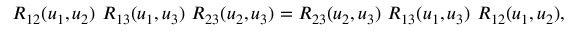
R _ { 1 2 } ( u _ { 1 } , u _ { 2 } ) \ R _ { 1 3 } ( u _ { 1 } , u _ { 3 } ) \ R _ { 2 3 } ( u _ { 2 } , u _ { 3 } ) = R _ { 2 3 } ( u _ { 2 } , u _ { 3 } ) \ R _ { 1 3 } ( u _ { 1 } , u _ { 3 } ) \ R _ { 1 2 } ( u _ { 1 } , u _ { 2 } ) ,